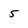
Character: 5